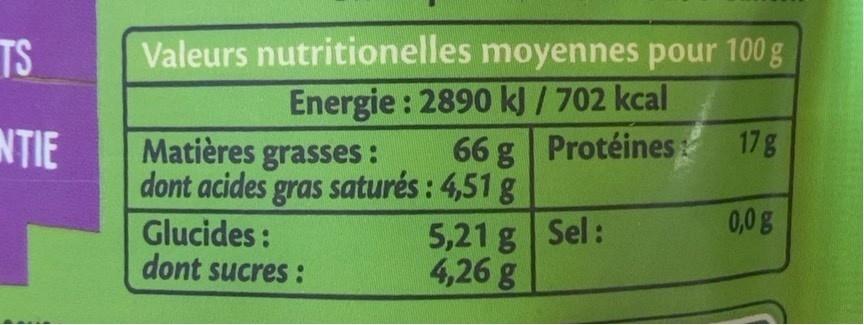
Valeurs nutritionelles moyennes pour 100 g Energie : 2890 kJ / 702 kcal 66 g Protéines
TS
NTIE
Matières grasses: dont acides gras saturés : 4,51 g
17g
0,0g
Glucides: dont sucres :
5,21 g Sel: 4,26 g